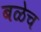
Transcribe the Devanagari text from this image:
बळेच